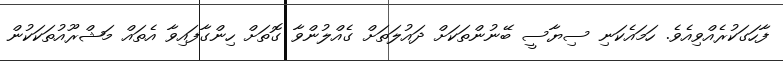
ފާހަގަކުރެއްވިއެވެ. ހަމައެކަނި ސިޔާސީ ބޭނުންތަކަށް ދައުލަތަށް ގެއްލުންވާ ގޮތަށް ހިންގާފައިވާ އެތައް މަޝްރޫއުތަކަކުން